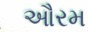
ઔરમ